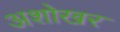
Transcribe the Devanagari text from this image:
अशोखर